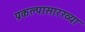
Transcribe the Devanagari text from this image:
प्रकल्पासारख्या